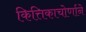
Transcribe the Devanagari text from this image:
कित्तिकाचोर्णाने